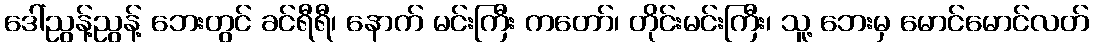
ဒေါ်ညွန့်ညွန့် ဘေးတွင် ခင်ရီရီ၊ နောက် မင်းကြီး ကတော်၊ တိုင်းမင်းကြီး၊ သူ့ ဘေးမှ မောင်မောင်လတ်